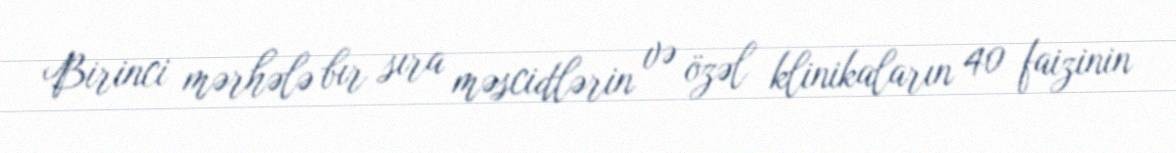
Birinci mərhələ bır sıra məscidlərin və özəl klinikaların 40 faizinin